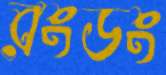
রংডং